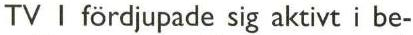
TV I fördjupade sig aktivt i be-